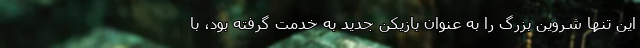
این تنها شروین بزرگ را به عنوان بازیکن جدید به خدمت گرفته بود، با